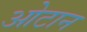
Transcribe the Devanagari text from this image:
ओटान